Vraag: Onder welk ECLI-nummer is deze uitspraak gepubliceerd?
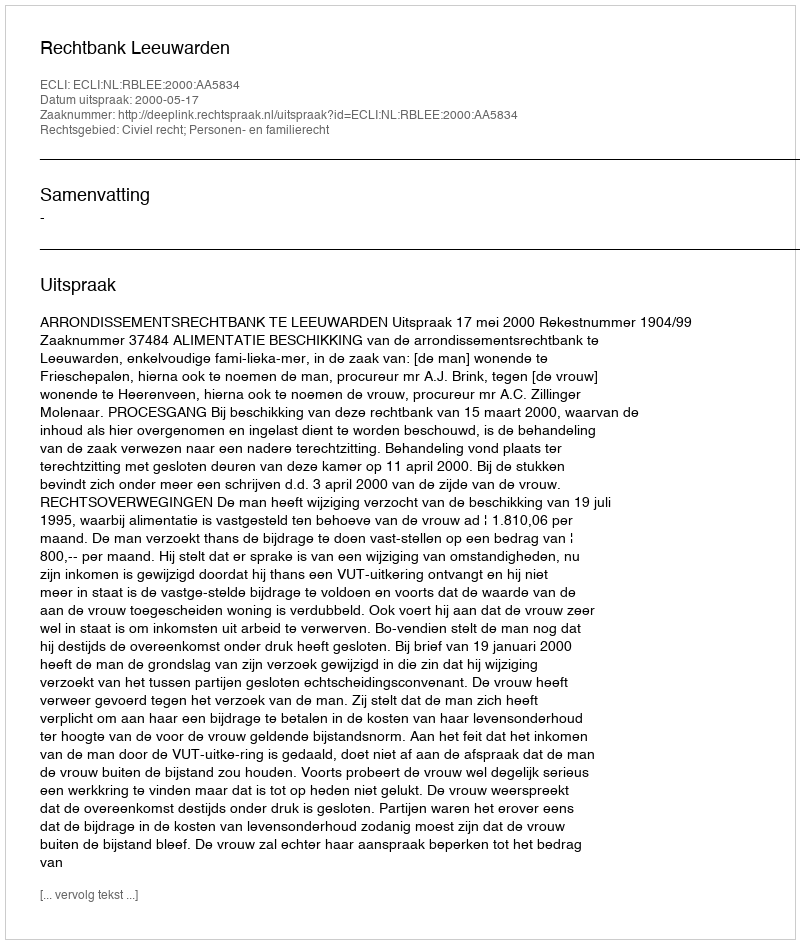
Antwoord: ECLI:NL:RBLEE:2000:AA5834